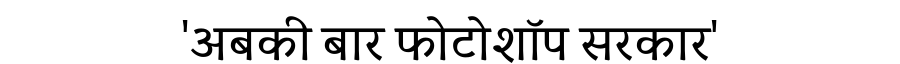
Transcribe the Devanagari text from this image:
'अबकी बार फोटोशॉप सरकार'